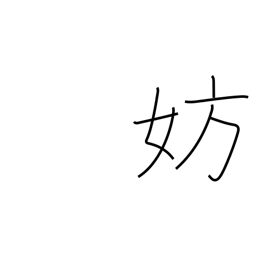
Meaning: hamper